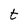
Character: t